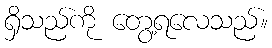
ရှိသည်ကို တွေ့ရလေသည်။